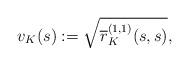
\begin{align*}v_K(s):=\sqrt{\overline{r}^{(1,1)}_{K}(s,s)},\end{align*}